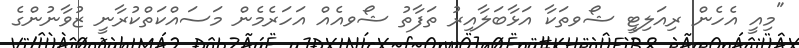
"މިއީ އެހެން ރިއަލިޓީ ޝޯވތަކާ އަޅާބަލާއިރު ތަފާތު ޝޯވއެއް އަހަރެމެން މަސައްކަތްކުރާނީ ޒުވާނުންގެ